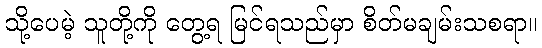
သို့ပေမဲ့ သူတို့ကို တွေ့ရ မြင်ရသည်မှာ စိတ်မချမ်းသစရာ။